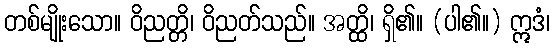
တစ်မျိုးသော။ ဝိညတ္တိ၊ ဝိညတ်သည်။ အတ္ထိ၊ ရှိ၏။ (ပါ၏။) ဣဒံ၊